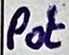
Text: Pot